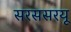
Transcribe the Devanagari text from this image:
सरससरयू